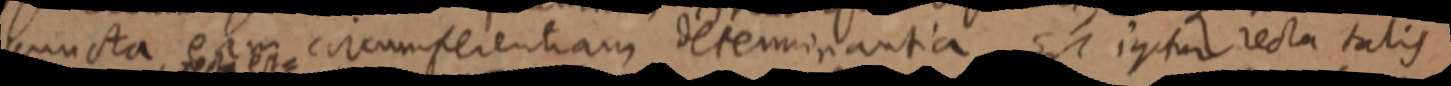
puncta, eam circumferentiam determinantia Est igitur recta talis